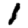
Digit: 1